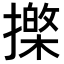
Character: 𢶱